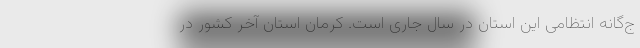
ج‌گانه انتظامی این استان در سال جاری است. کرمان استان آخر کشور در